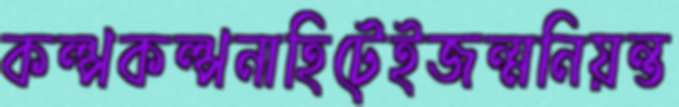
কল্পকল্পনাহিটেইজন্মনিয়ন্ত